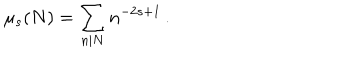
LaTeX: \mu _ { s } ( N ) = \sum _ { n | N } n ^ { - 2 s + 1 } \, .